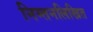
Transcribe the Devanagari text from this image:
निम्तनलिखित